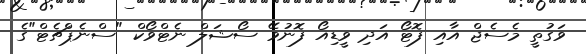
ވަގުތީ މެސެޖް އާއި ފޮޓޯ އަދި ވީޑިއޯ ފޮނުވޭ ސޯޝަލް ނެޓްވޯކް "ސްނެޕްޗެޓް"ގެ